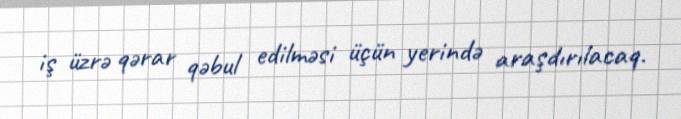
iş üzrə qərar qəbul edilməsi üçün yerində araşdırılacaq.